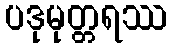
ပဒုမုတ္တရဿ